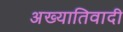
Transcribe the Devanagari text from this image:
अख्यातिवादी